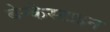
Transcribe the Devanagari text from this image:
बेन्केस्टाइन